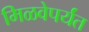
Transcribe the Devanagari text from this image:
मिळवेपर्यंत